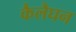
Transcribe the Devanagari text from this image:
कैलैघन